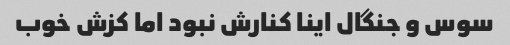
سوس و جنگال اینا کنارش نبود اما کزش خوب